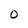
Character: 0